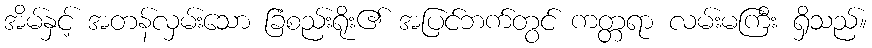
အိမ်နှင့် အတန်လှမ်းသော ခြံစည်းရိုး၏ အပြင်ဘက်တွင် ကတ္တရာ လမ်းမကြီး ရှိသည်။